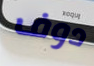
دوف